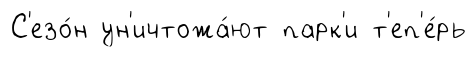
С'езо́н ун'ичтожа́ют парк'и т'еп'е́рь